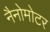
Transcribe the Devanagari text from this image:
नैनोमोटर